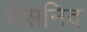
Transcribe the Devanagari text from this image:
घैसनिद